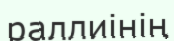
раллиінің